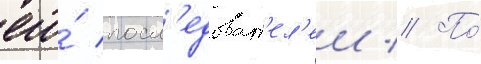
его́ посл'едоват'ел'еи // По́